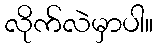
လိုက်လဲမှာပါ။